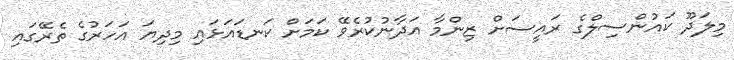
މިލަދޫ ކައުންސިލްގެ ރައީސަށް ޒިންމާ އަދާނުކުރެވޭ ކަމަށް ކަނޑައަޅައި މިދިޔަ އަހަރުގެ ތެރޭގައި